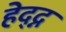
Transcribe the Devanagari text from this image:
हेद्द्न